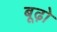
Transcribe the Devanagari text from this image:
बूढ़ो